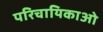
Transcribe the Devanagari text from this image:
परिचायिकाओ